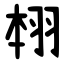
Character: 翉